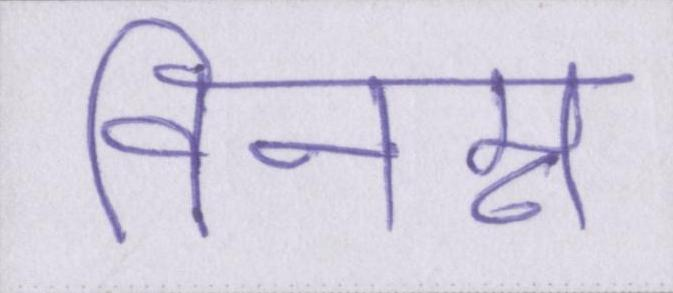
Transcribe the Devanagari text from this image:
विनम्र